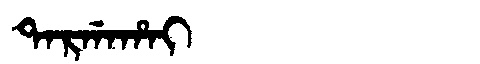
Manchu: ᡨᠠᡵᡤᠠᡥᠠᡳ
Romanization: TARGAHAI